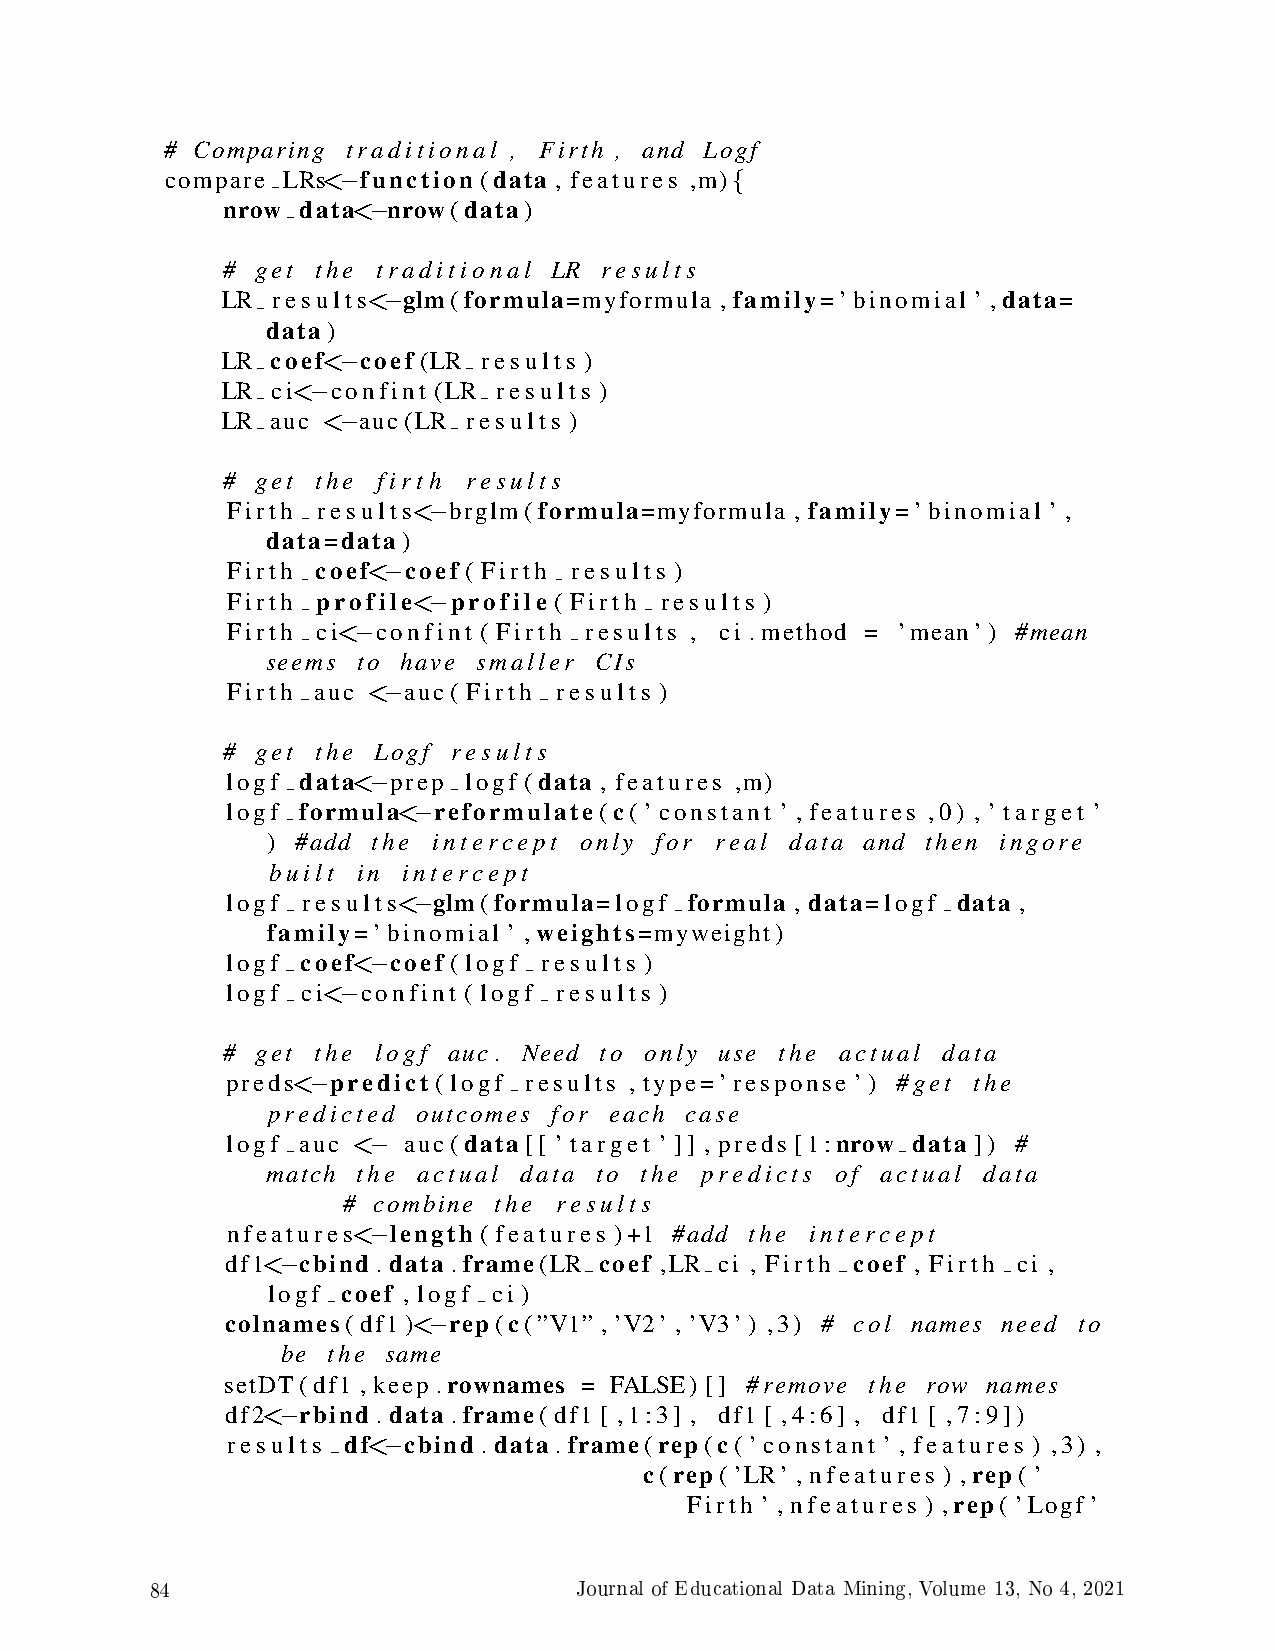
# Comparing traditional , Firth , and Logf
 compare LRs< function (data , features ,m)
 −                         {
 nrow data< nrow(data)
 −
 # get the traditional LR results
 LR results< glm(formula=myformula , family=’binomial ’ ,data=
 −
 data)
 LR coef< coef (LR results )
 −
 LR ci< confint (LR results )
 −
 LR auc < auc(LR results )
 −
 # get the firth results
 Firth results< brglm(formula=myformula , family=’binomial ’ ,
 −
 data=data)
 Firth coef< coef ( Firth results )
 −
 Firth profile< profile ( Firth results )
 −
 Firth ci< confint ( Firth results , ci . method = ’mean’) #mean
 −
 seems to have smaller CIs
 Firth auc < auc( Firth results )
 −
 # get the Logf results
 logf data< prep logf (data , features ,m)
 −
 logf formula< reformulate (c( ’ constant ’ , features ,0) , ’ target ’
 −
 ) #add the intercept only for real data and then ingore
 built in intercept
 logf results< glm(formula=logf formula , data=logf data ,
 −
 family=’binomial ’ ,weights=myweight)
 logf coef< coef ( logf results )
 −
 logf ci< confint ( logf results )
 −
 # get the logf auc . Need to only use the actual data
 preds< predict ( logf results , type=’response ’) #get the
 −
 predicted outcomes for each case
 logf auc <  auc(data [[ ’ target ’ ]] , preds [1:nrow data ]) #
 −
 match the actual data to the predicts of actual data
 # combine the results
 nfeatures< length ( features )+1 #add the intercept
 −
 df1< cbind . data .frame(LR coef ,LR ci , Firth coef , Firth ci ,
 −
 logf coef , logf ci )
 colnames(df1)< rep(c(”V1” , ’V2’ , ’V3’) ,3) # col names need to
 −
 be the same
 setDT(df1 , keep .rownames = FALSE) [] #remove the row names
 df2< rbind . data .frame(df1 [ ,1:3] , df1 [ ,4:6] , df1 [ ,7:9])
 −
 results df< cbind . data .frame(rep(c( ’ constant ’ , features ) ,3) ,
 −
 c(rep( ’LR’ , nfeatures ) ,rep( ’
 Firth ’ , nfeatures ) ,rep( ’Logf ’
 84                          Journal of Educational Data Mining, Volume 13, No 4, 2021